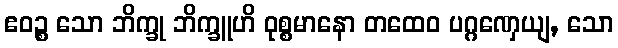
ဧဝဉ္စ သော ဘိက္ခု ဘိက္ခူဟိ ဝုစ္စမာနော တထေဝ ပဂ္ဂဏှေယျ, သော